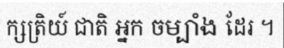
ក្សត្រិយ៍ ជាតិ អ្នក ចម្បាំង ដែរ ។